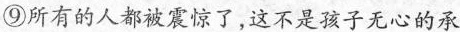
⑨所有的人都被震惊了，这不是孩子无心的承